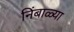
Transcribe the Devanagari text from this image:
निंबाळ्या